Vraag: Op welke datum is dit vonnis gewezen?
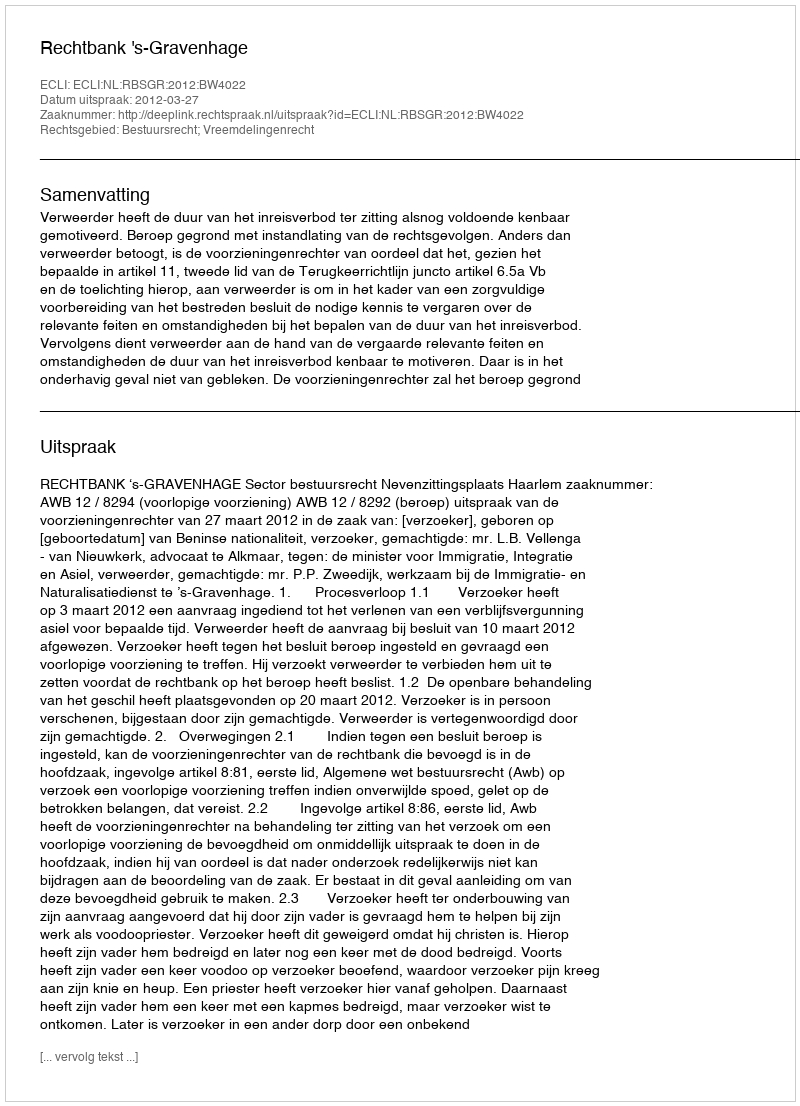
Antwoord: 2012-03-27